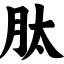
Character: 肽